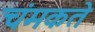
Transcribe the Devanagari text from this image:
चंमकते